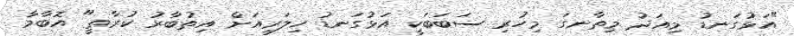
"އަޅުގަނޑު މިއަދު މިތާނގަ މިހުރި ސަބަބަކީ އަޅުގަނޑު ހިލަރީއަށް އިތުބާރު ކުރާތީ" އޮބާމާ